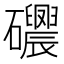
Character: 𥗰